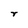
Character: r